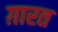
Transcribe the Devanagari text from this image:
ग़ारत